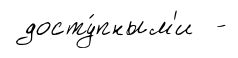
досту́пным'и -